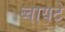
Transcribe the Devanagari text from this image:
ब्वायटे